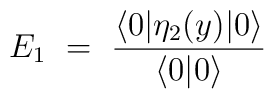
E_1 \ =\  \frac{\langle 0 \vert \eta_2(y)  \vert 0 \rangle}{\langle 0 \vert 0 \rangle}